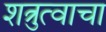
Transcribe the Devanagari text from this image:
शत्रुत्वाचा